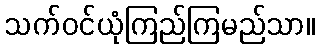
သက်ဝင်ယုံကြည်ကြမည်သာ။